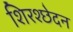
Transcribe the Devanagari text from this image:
शिरश्छेदन